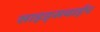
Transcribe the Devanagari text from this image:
साइड्सवाईप